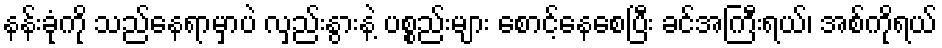
နန်းခုံကို သည်နေရာမှာပဲ လှည်းနွားနဲ့ ပစ္စည်းများ စောင့်နေစေပြီး ခင်အကြီးရယ်၊ အစ်ကိုရယ်